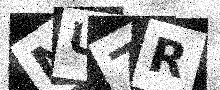
Text: NU7R